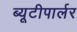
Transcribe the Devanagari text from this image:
ब्यूटीपार्लर